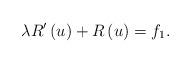
LaTeX: \begin{align*}\lambda R^{\prime }\left( u\right) +R\left( u\right) =f_{1}. \end{align*}